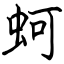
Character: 蚵